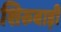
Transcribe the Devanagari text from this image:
शिरुबाड़ी